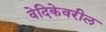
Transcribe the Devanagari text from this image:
वेदिकेवरील